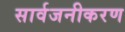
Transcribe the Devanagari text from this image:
सार्वजनीकरण